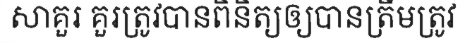
សាគួរ គួរត្រូវបានពិនិត្យឲ្យបានត្រឹមត្រូវ